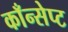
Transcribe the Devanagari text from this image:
काँन्सेप्ट